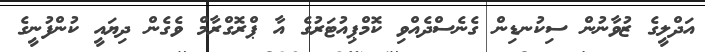
އަދްލީގެ ޒުވާނުން ސިކުނޑިން ގެނެސްދެއްވި ކޮމްޕިއުޓަރުގެ އާ ޕްރޮގްރާމް ވެގެން ދިޔައީ ކުންފުނީގެ